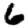
Digit: 6